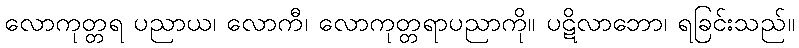
လောကုတ္တရ ပညာယ၊ လောကီ၊ လောကုတ္တရာပညာကို။ ပဋိလာဘော၊ ရခြင်းသည်။